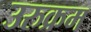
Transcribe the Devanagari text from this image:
उरुक्रम